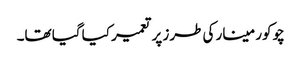
چوکور مینار کی طرز پر تعمیر کیا گیا تھا۔